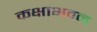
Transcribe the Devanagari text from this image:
कक्षाभवन